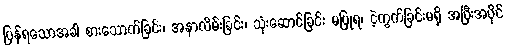
ပြန်ရသောအခါ စားသောက်ခြင်း၊ အနာလိမ်းခြင်း၊ သုံးဆောင်ခြင်း မပြုရ၊ ငဲ့ကွက်ခြင်းမရှိ အပြီးအပိုင်